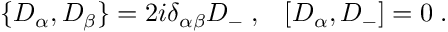
\{ D _ { \alpha } , D _ { \beta } \} = 2 i \delta _ { \alpha \beta } D _ { - } \; , \; \; \; [ D _ { \alpha } , D _ { - } ] = 0 \; .